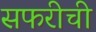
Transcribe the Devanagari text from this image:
सफरीची